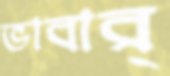
ভাবার্